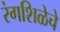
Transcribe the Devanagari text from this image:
रंगशिळेचे